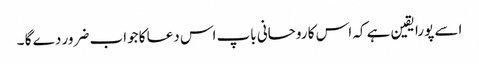
اسے پورا یقین ہے کہ اس کا روحانی باپ اس دعا کا جواب ضرور دے گا ۔